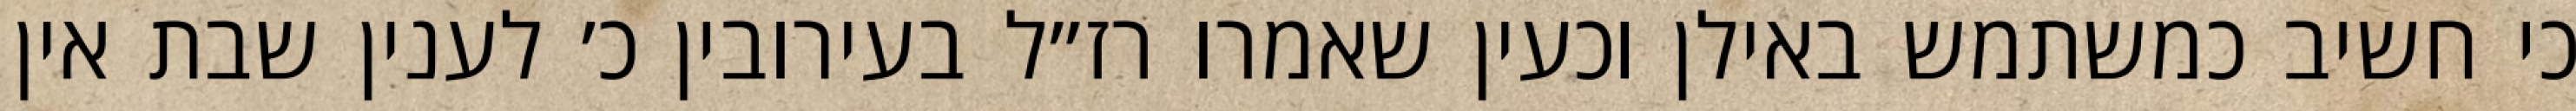
כי חשיב כמשתמש באילן וכעין שאמרו רז״ל בעירובין כ׳ לענין שבת אין